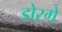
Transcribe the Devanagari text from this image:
डोरगे